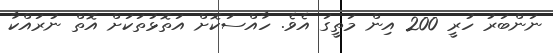
ނަންބަރު ހުރީ 200 އިން މަތީގަ އެވެ. ހާއްސަކޮށް އަތޮޅުތަކަށް އޮތް ނުރައްކާ